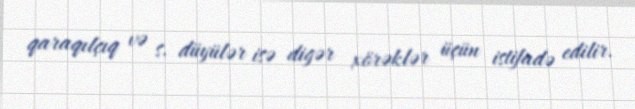
qaraqılçıq və s. düyülər isə digər xörəklər üçün istifadə edilir.